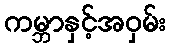
ကမ္ဘာနှင့်အဝှမ်း